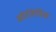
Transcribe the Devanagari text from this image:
ओलिपिंक